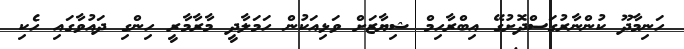
ހަނިމާދޫ ކުންނާރުގަސްދޮށުގޭ އިބްރާހިމް ޝިޔާޒަށް ވަޅިއަކުން ހަމަލާދީ މާރާމާރީ ހިންގި ދައުވާގައި ހެކި